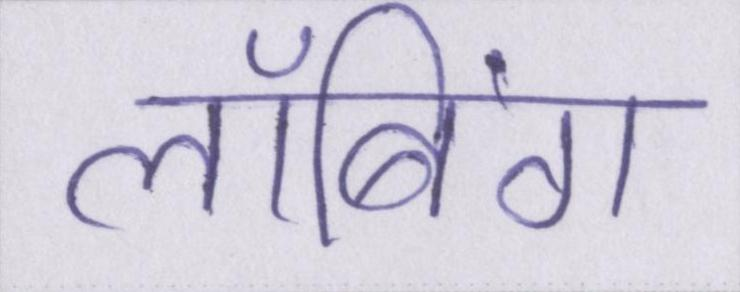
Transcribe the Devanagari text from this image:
लॉबिंग